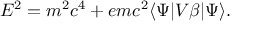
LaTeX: E ^ { 2 } = m ^ { 2 } c ^ { 4 } + e m c ^ { 2 } \langle \Psi | V \beta | \Psi \rangle .